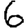
Digit: 6